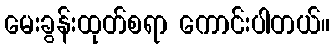
မေးခွန်းထုတ်စရာ ကောင်းပါတယ်။